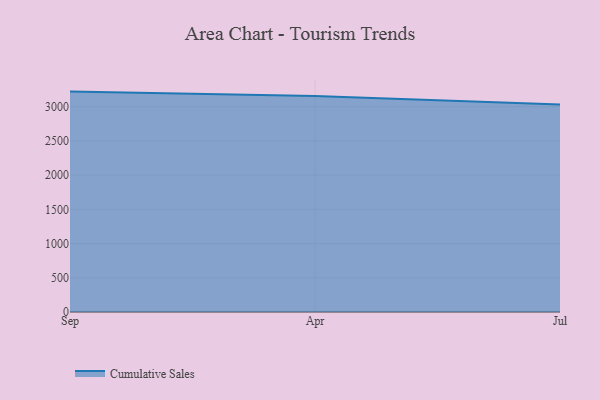
{"axis": {"x": "Month", "y": "Waste Production (Tons)"}, "legend": ["Cumulative Sales"], "data": [{"x": "Sep", "y": 3220.6, "type": "Cumulative Sales"}, {"x": "Apr", "y": 3155.0, "type": "Cumulative Sales"}, {"x": "Jul", "y": 3030.9, "type": "Cumulative Sales"}]}